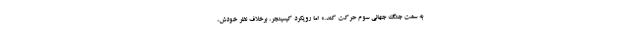
به سمت جنگ جهانی سوم حرکت کند.» اما رویکرد کیسینجر، برخلاف نظر خودش،